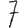
Digit: 7